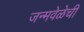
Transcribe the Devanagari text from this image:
जन्मवेळेची